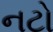
નટો